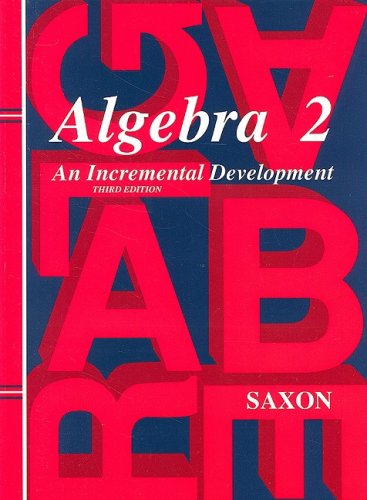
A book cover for Algebra 2: An Incremental Development (Saxon Algebra); John H. Saxon Jr.; Teen & Young Adult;